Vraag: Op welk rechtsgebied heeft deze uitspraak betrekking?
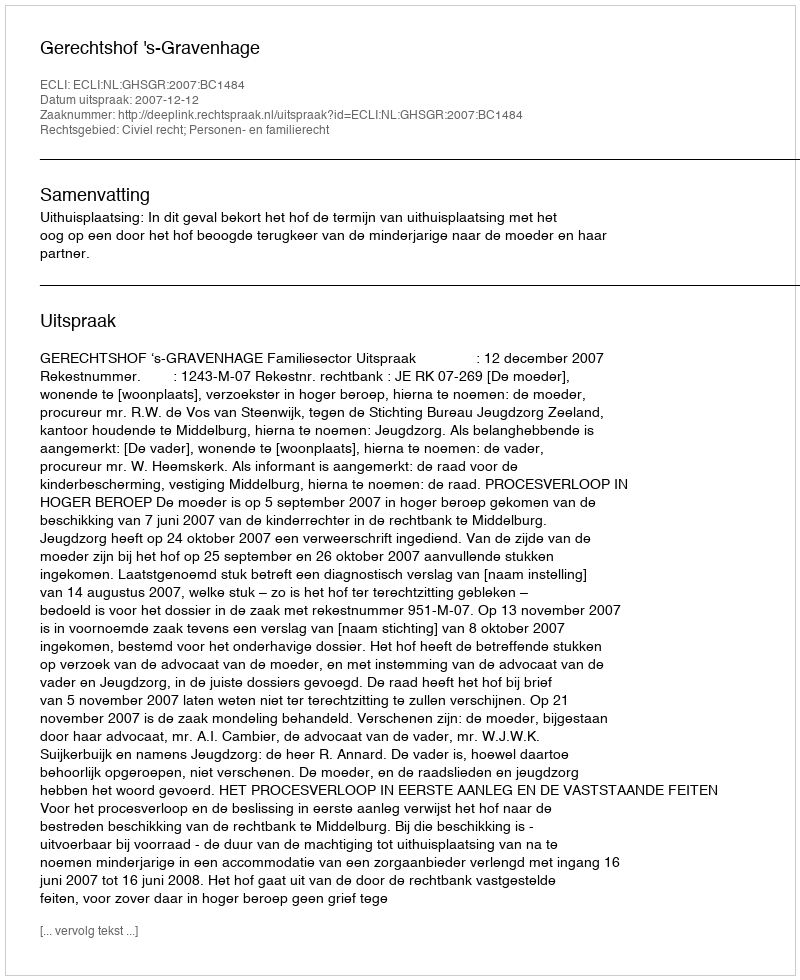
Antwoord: Civiel recht; Personen- en familierecht